Indian journal of veterinary science and animal husbandry - Volumes 15-17, 1948-1951
Year: 1948
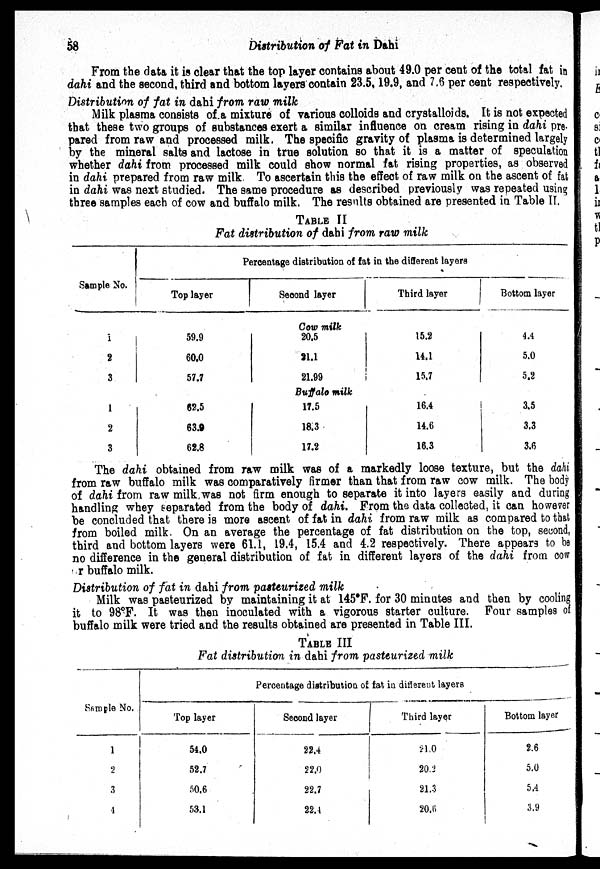
58
Distribution of Fat in Dahi
From the data it is clear that the top layer contains about 49.0 per cent of the total fat in
dahi and the second, third and bottom layers contain 23.5, 19.9, and 7.6 per cent respectively,
Distribution of fat in dahi from raw milk
Milk plasma consists of a mixture of various colloids and crystalloids. It is not expected
that these two groups of substances exert a similar influence on cream rising in dahi pre-
pared from raw and processed milk. The specific gravity of plasma is determined largely
by the mineral salts and lactose in true solution so that it is a matter of speculation
whether dahi from processed milk could show normal fat rising properties, as observed
in dahi prepared from raw milk. To ascertain this the effect of raw milk on the ascent of fat
in dahi was next studied. The same procedure as described previously was repeated using
three samples each of cow and buffalo milk. The results obtained are presented in Table II.
TABLE II
Fat distribution of dahi from raw milk
Sample No.
1
2
3
1
2
3
Percentage distribution of fat in the different layers
Top layer
Second layer
Third layer
Bottom layer
Cow milk
59.9
60.0
57.7
20.5
21.1
21.99
15.2
14.1
15.7
4.4
5.0
5.2
Buffalo milk
62.5
63.0
62.8
17.5
18.3
17.2
16.4
14.6
16.3
3.5
3.3
3.6
The dahi obtained from raw milk was of a markedly loose texture, but the dahi
from raw buffalo milk was comparatively firmer than that from raw cow milk. The body
of dahi from raw milk was not firm enough to separate it into layers easily and during
handling whey separated from the body of dahi. From the data collected, it can however
be concluded that there is more ascent of fat in dahi from raw milk as compared to that
from boiled milk. On an average the percentage of fat distribution on the top, second,
third and bottom layers were 61.1, 19.4, 15.4 and 4.2 respectively. There appears to be
no difference in the general distribution of fat in different layers of the dahi from cow
or buffalo milk.
Distribution of fat in dahi from pasteurized milk
Milk was pasteurized by maintaining it at 145°F. for 30 minutes and then by cooling
it to 98°F. It was then inoculated with a vigorous starter culture. Four samples of
buffalo milk were tried and the results obtained are presented in Table III.
TABLE III
Fat distribution in dahi from pasteurized milk
Sample No.
1
2
3
4
Percentage distribution of fat in different layers
Top layer
54.0
52.7
50.6
53.1
Second layer
22.4
22.0
22.7
22.4
Third layer
21.0
20.2
21.3
20.6
Bottom layer
2.6
5.0
5.4
3.9